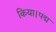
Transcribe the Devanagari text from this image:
किया।पद्म